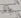
مجال